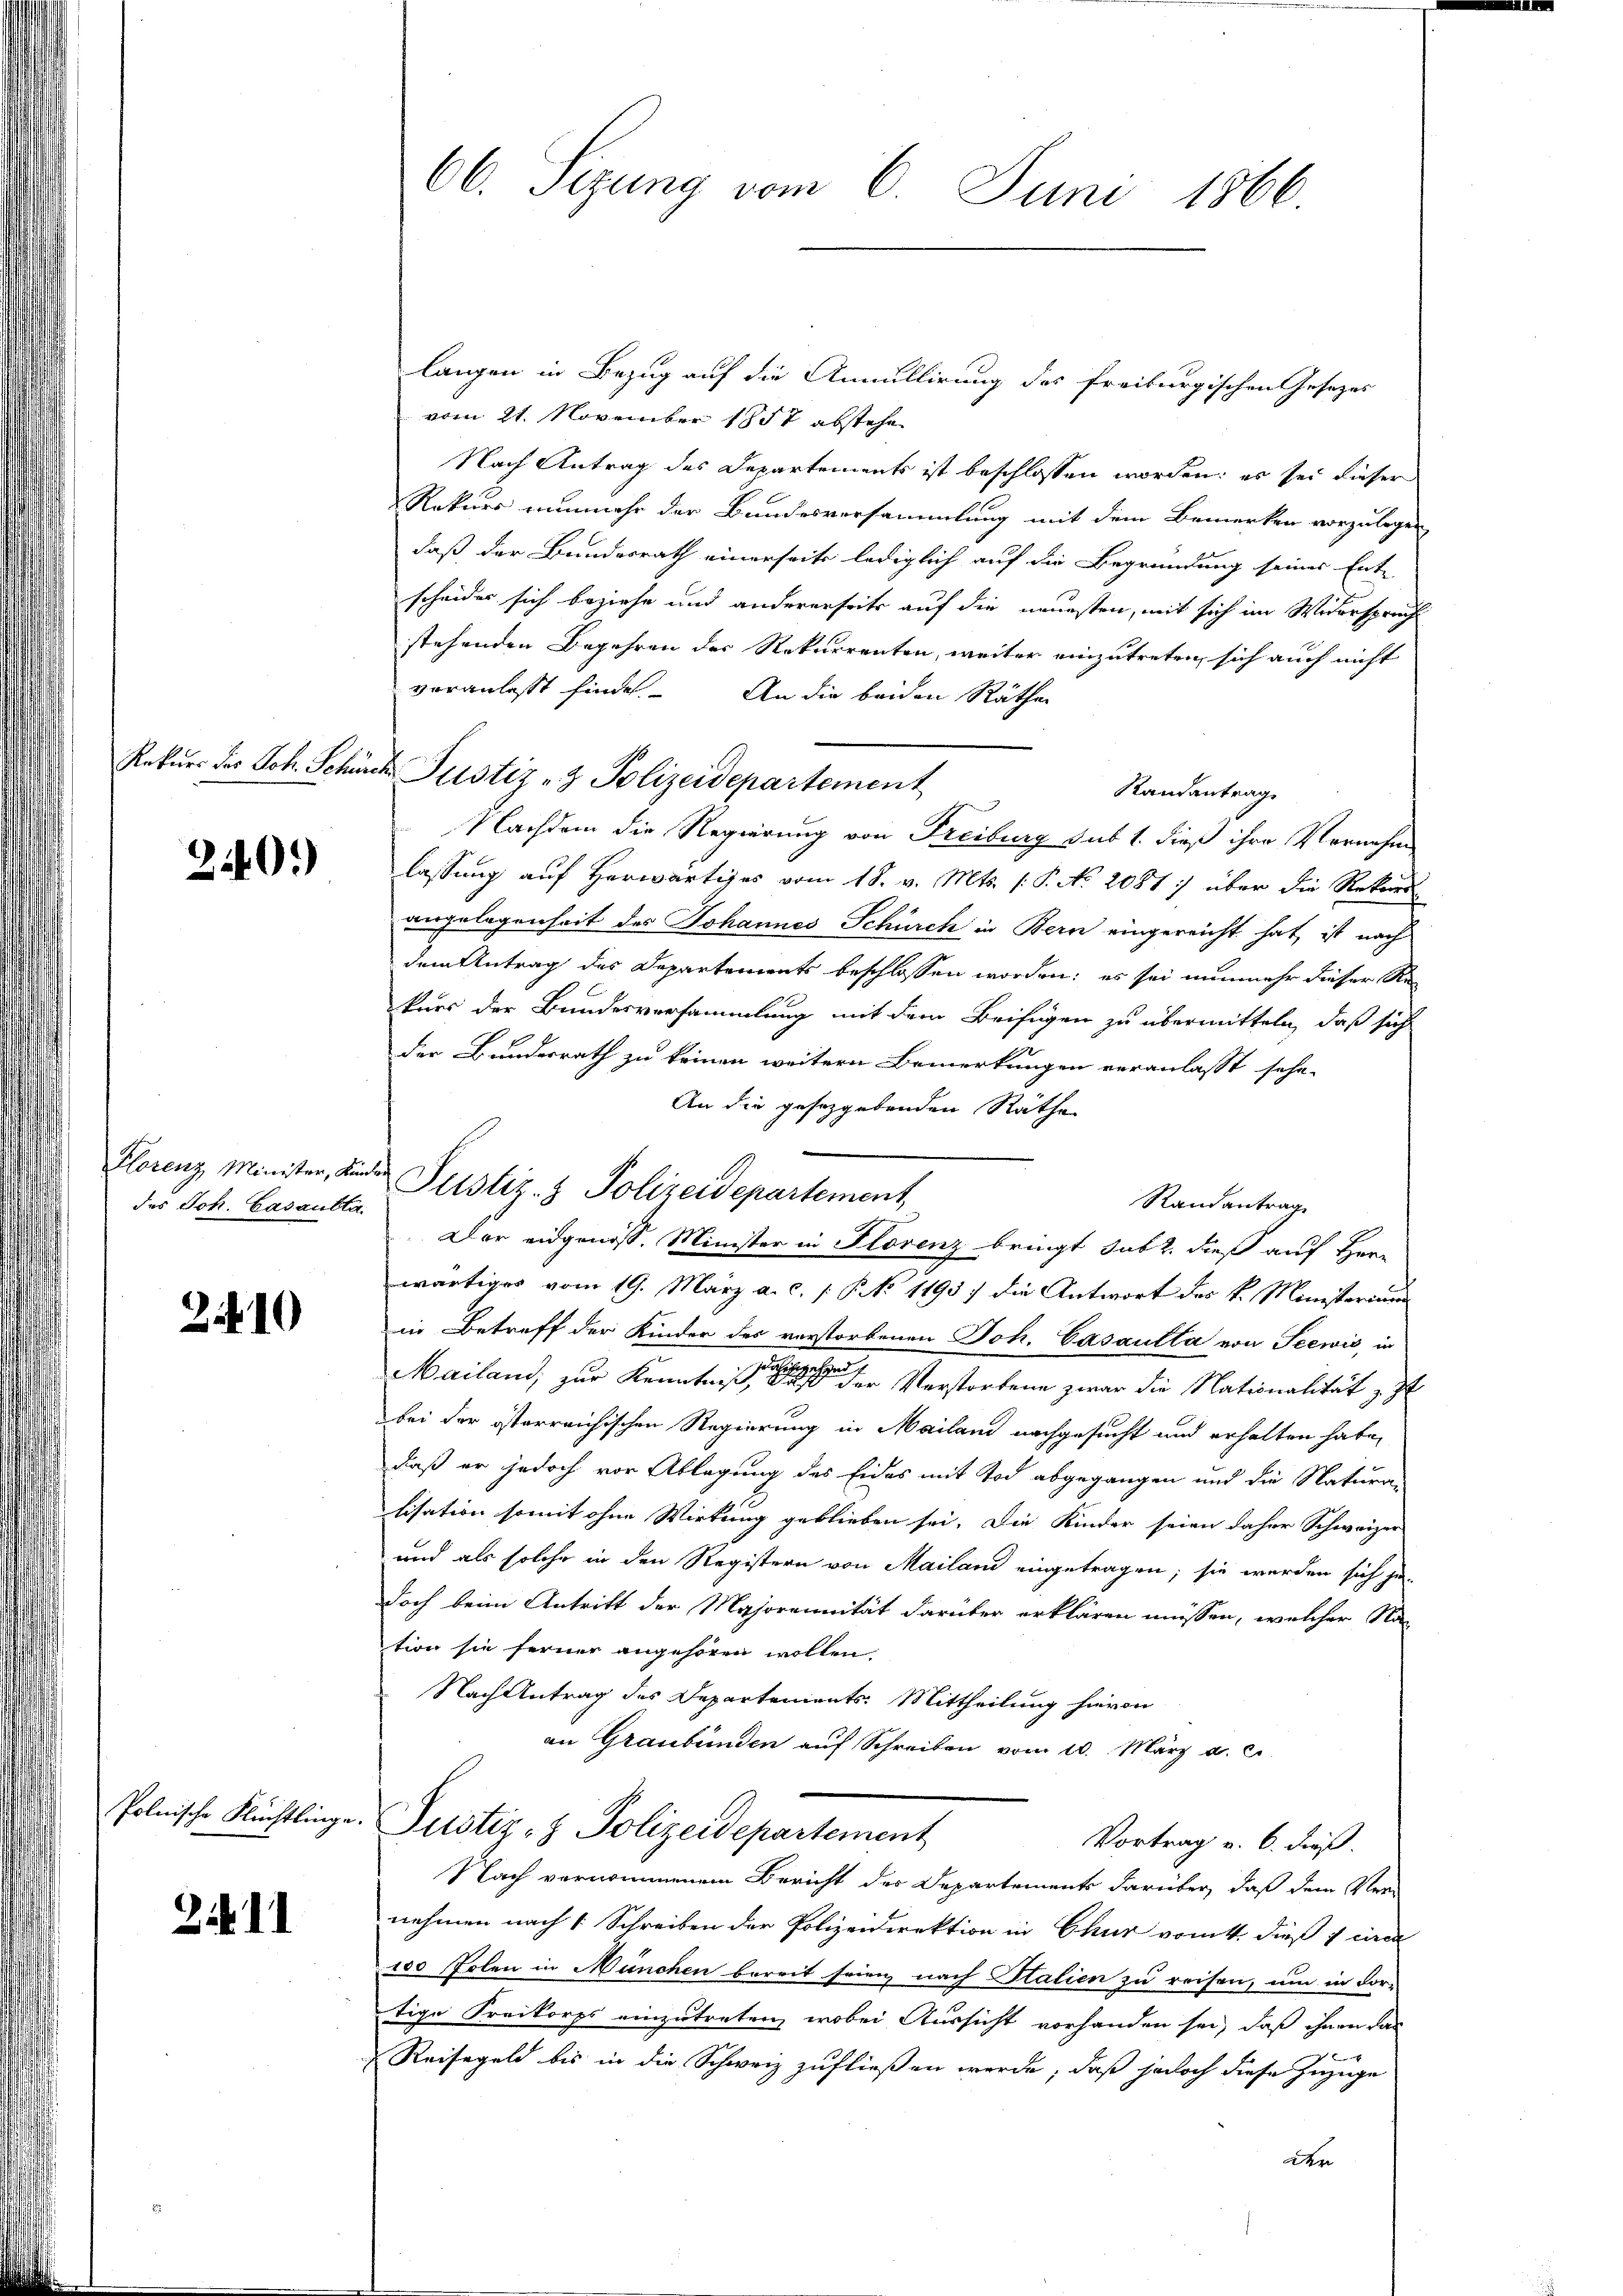
240)

des Joh. Casansta

2410

21. d. 1

langen in Bezug auf die Annullirung des freiburgischen Gesezes
vom 21. November 1857 abstehen
Nach Antrag des Departements ist beschlossen worden: es sei dieser
Rekurs nunmehr der Bundesversammlung mit dem Bemerken vorzulegen
daß der Bundesrath einerseits lediglich auf die Begründung seiner Ent-
scheides sich beziehe und andererseits auf die neuesten, mit sich im Widerspruch
stehenden Begehren des Rekurrenten, weiter einzutreten, sich auch nicht
veranlasst finde. An die beiden Räthen
Randantrag
Nachdem die Regierung von Freiburg sub 1. dieß ihre Vernahm
lassung auf herwärtiges vom 18. v. Mts. (: P. No 2081: über die Rekurs-
angelegenheit des Johannes Schürch in Bern eingereicht hat, ist nach
dem Antrag des Departements beschlossen worden; es sei nunmehr dieser Rekurs der Bundesversammlung mit dem Beifügen zu übermitteln, daß sich
der Bundesrath zu keinen weitern Bemerkungen veranlasst sehe
An die gesetzgebenden Räthe
Randantrag
Der eidgenöss. Minister in Florenz bringt habt, dieß auf Her-
wärtiges vom 19. März a. c. [§ No 1193) die Antwort des k. Ministerium
in Betreff der Kinder des verstorbenen Joh. Casaulla von Seewis, in
Mailand, zur Kenntniß es sei es seien der Verstorbene zwar die Nationalität z
bei der österreichischen Regierung in Mailand nachgesucht und erhalten habe,
daß er jedoch vor Ablegung des Eides mit Tod abgegangen und die Natura-
lisation somit ohne Wirkung geblieben sei. Die Kinder seien daher Schweizer
und als solche in den Registern von Mailand eingetragen; sie werden sich je-
doch beim Antritt der Majorennität darüber erklären müssen, welcher Na-
tion sie ferner angehören wollen,
Nach Antrag des Departements-Mittheilung hievon
an Graubünden auf Schreiben vom 10. März a. c.
Polnische Flüchtlinge Justiz- & Polizeidepartement
Vortrag v. 6. dieß
Nach vernommenem Bericht des Departements darüber, daß dem Vernehmen nach [ Schreiben der Polizeidirektion in Chur vom 4. dieß 1 und
100 Polen in München bereit seien nach Stalien zu reisen, um in For-
tige Freikorps einzutreten, wobei Aussicht vorhanden sei, daß ihnen das
x
Reisegeld bis in die Schweiz zufließen werde, daß jedoch diese Zuzuge
der

Florenz Minister, Linde Justiz- & Polizeidepartement,

66. Sizung vom 6. Juni 1866

Rekurs des Joh. Schöne Justiz- & Polizeidepartement